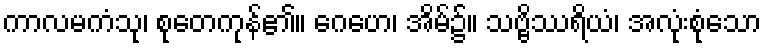
ကာလမကံသု၊ စုတေကုန်၏။ ဂေဟေ၊ အိမ်၌။ သဗ္ဗိဿရိယံ၊ အလုံးစုံသော